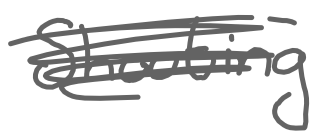
Text: Shooting
Cross-out: scratch
Writing tool: digital_gray